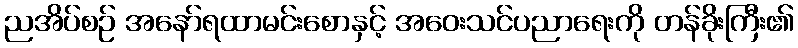
ညအိပ်စဉ် အနော်ရထာမင်းစောနှင့် အဝေးသင်ပညာရေးကို တန်ခိုးကြီး၏